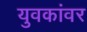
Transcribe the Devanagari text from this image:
युवकांवर